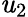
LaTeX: \mathit{u}_{2}